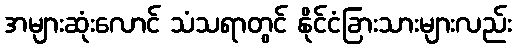
အများဆုံးလောင် သံသရာတွင် နိုင်ငံခြားသားများလည်း